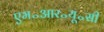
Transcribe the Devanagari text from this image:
एम॰आर॰यू॰सी